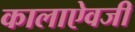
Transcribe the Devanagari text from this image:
कालाऐवजी